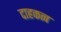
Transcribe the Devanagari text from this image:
दाहकत्व